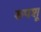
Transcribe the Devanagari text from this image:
रुपशू